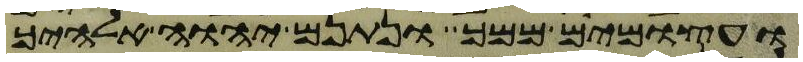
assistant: ועצמים ממך ונתנם יהוה אלהיך